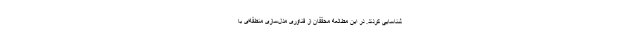
شناسایی کردند. در این مطالعه محققان از فناوری مدل‌سازی منطقه‌ای با